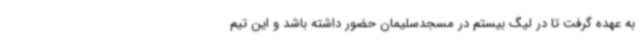
به عهده گرفت تا در لیگ بیستم در مسجدسلیمان حضور داشته باشد و این تیم